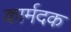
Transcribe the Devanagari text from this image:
कार्मदक